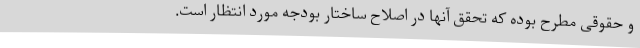
و حقوقی مطرح بوده که تحقق آنها در اصلاح ساختار بودجه مورد انتظار است.